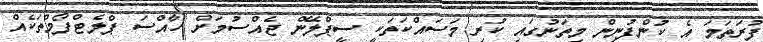
ފުރަތަމަ އެ ކުންފުނިން މިތަނުގައި ކުރި މަސައްކަތަކީ ސީޕްލޭން ޖެއްސުމަށް ހާއްސަ ޕްލެޓްފޯމްތަކެއް